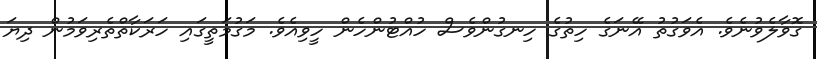
ގޮވާލެވުނެވެ. އެވަގުތު އޭނަގެ ހިތުގެ ހިނގުންވެސް ހުއްޓުންހެން ހީވިއެވެ. މަގުމަތީގައި ހަރަކާތްތެރިވަމުން ދިޔަ